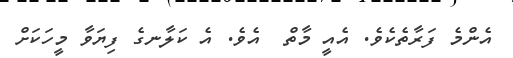
އެންމެ ފަރާތެކެވެ. އެއީ މާތް  އެވެ. އެ ކަލާނގެ ފިޔަވާ މީހަކަށް